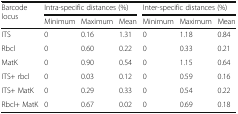
<table><thead><tr><td rowspan="2"><b>Barcode locus</b></td><td colspan="3"><b>Intra-specific distances (%)</b></td><td colspan="3"><b>Inter-specific distances (%)</b></td></tr><tr><td><b>Minimum</b></td><td><b>Maximum</b></td><td><b>Mean</b></td><td><b>Minimum</b></td><td><b>Maximum</b></td><td><b>Mean</b></td></tr></thead><tbody><tr><td>ITS</td><td>0</td><td>0.16</td><td>1.31</td><td>0</td><td>1.18</td><td>0.84</td></tr><tr><td>Rbcl</td><td>0</td><td>0.60</td><td>0.22</td><td>0</td><td>0.33</td><td>0.21</td></tr><tr><td>MatK</td><td>0</td><td>0.90</td><td>0.54</td><td>0</td><td>1.15</td><td>0.64</td></tr><tr><td>ITS+ rbcl</td><td>0</td><td>0.03</td><td>0.12</td><td>0</td><td>0.59</td><td>0.16</td></tr><tr><td>ITS+ MatK</td><td>0</td><td>0.29</td><td>0.33</td><td>0</td><td>0.54</td><td>0.22</td></tr><tr><td>Rbcl+ MatK</td><td>0</td><td>0.67</td><td>0.02</td><td>0</td><td>0.69</td><td>0.18</td></tr></tbody></table>